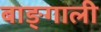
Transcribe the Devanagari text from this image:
बाङ्गाली